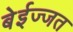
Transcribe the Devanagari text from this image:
बेईज्जत